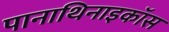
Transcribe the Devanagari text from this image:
पानाथिनाइकॉस